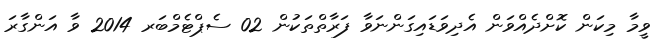
ވީމާ މިކަން ކޮށްދެއްވަން އެދިވަޑައިގަންނަވާ ފަރާތްތަކުން 02 ސެޕްޓެމްބަރ 2014 ވާ އަންގާރަ